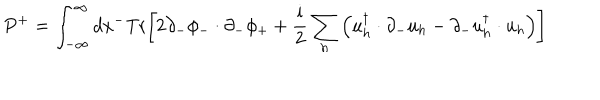
P ^ { + } = \int _ { - \infty } ^ { \infty } d x ^ { - } \mathrm { T r } \biggl [ 2 \partial _ { - } \phi _ { - } \cdot \partial _ { - } \phi _ { + } + { \frac { \mathrm { i } } { 2 } } \sum _ { h } \left( u _ { h } ^ { \dagger } \cdot \partial _ { - } u _ { h } - \partial _ { - } u _ { h } ^ { \dagger } \cdot u _ { h } \right) \biggr ]